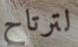
لترتاح